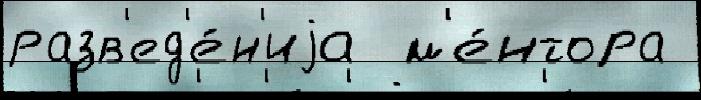
разв'ед'е́н'иjа  м'е́нтора